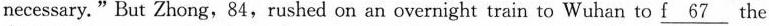
necessary."But Zhong，84，rushed on an overnight train to Wuhan to \underline{_f 67} the